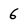
Character: 6